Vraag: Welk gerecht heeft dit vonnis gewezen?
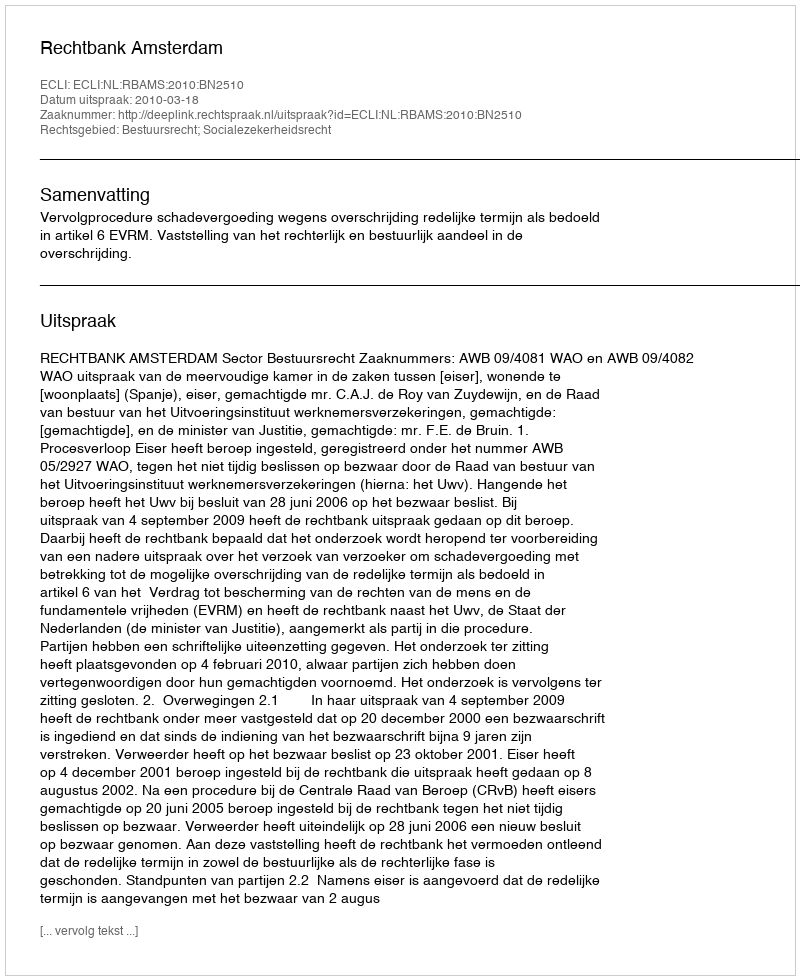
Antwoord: Rechtbank Amsterdam